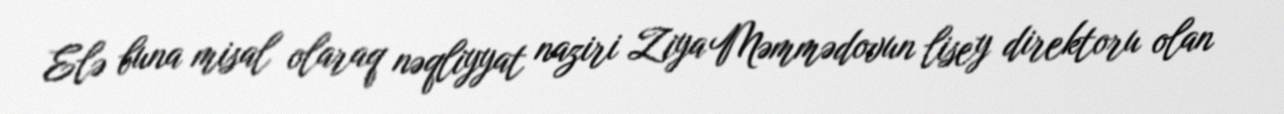
Elə buna misal olaraq nəqliyyat naziri Ziya Məmmədovun lisey direktoru olan